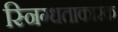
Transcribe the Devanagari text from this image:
स्निग्धताकारक